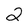
Character: 2